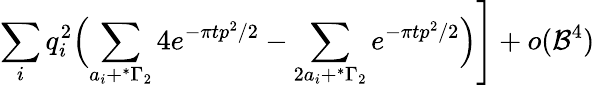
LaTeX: \sum_{i}q_{i}^{2}\Bigl(\sum_{a_{i}+^{*}\Gamma_{2}}4e^{-{\pi t}p^{2}/2}-\sum_{2a_{i}+^{*}\Gamma_{2}}e^{-{\pi t}p^{2}/2}\Bigr)\Biggr]+o({\cal B}^{4})